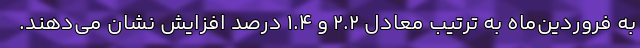
به فروردین‌ماه به ترتیب معادل ۲.۲ و ۱.۴ درصد افزایش نشان می‌دهند.